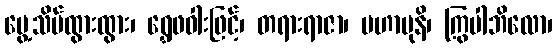
မွေ့သိမ်ထွားထွား၊ ရွှေဖဝါးဖြင့်၊ တရားရာဇာ၊ မဟာမုနိ၊ ကြွပါဘိလော၊